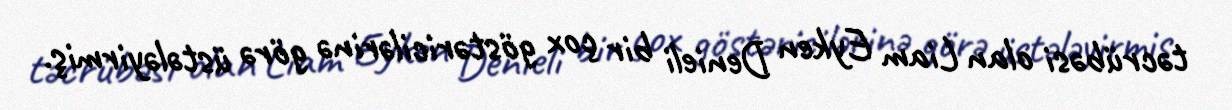
təcrübəsi olan Liam Eyken Denieli bir çox göstəricilərinə görə üstələyirmiş.